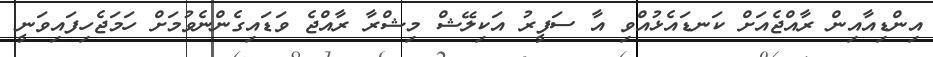
އިންޑިއާއިން ރާއްޖެއަށް ކަނޑައެޅުއްވި އާ ސަފީރު އަކިލޭޝް މިޝްރާ ރާއްޖެ ވަޑައިގެންނެވުމަށް ހަމަޖެހިފައިވަނީ